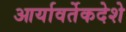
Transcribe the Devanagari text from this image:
आर्यावर्तेकदेशे